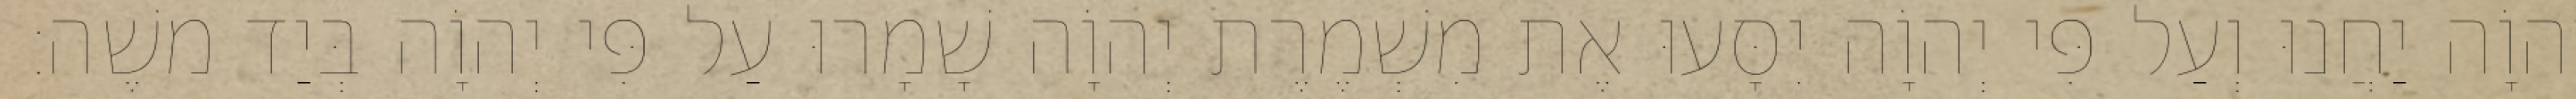
יְהוָֹה יַחֲנוּ וְעַל פִּי יְהוָֹה יִסָּעוּ אֶת מִשְׁמֶרֶת יְהוָֹה שָׁמָרוּ עַל פִּי יְהוָֹה בְּיַד משֶׁה׃